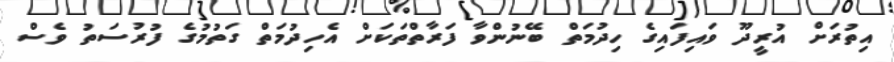
އިތުރަށް އުރީދޫ ވައިފައިގެ ހިދުމަތް ބޭނުންވާ ފަރާތްތަކަށް އެހިދުމަތް ގަތުމުގެ ފުރުސަތު ވެސް